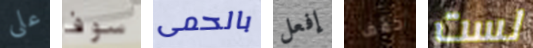
على سوف بالحمى إفعل خفف لست